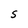
Character: 5